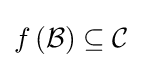
f\left({\mathcal {B}}\right)\subseteq {\mathcal {C}}